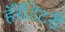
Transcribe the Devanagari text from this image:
हॅरॅडिटरी